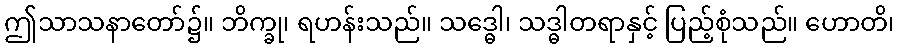
ဤသာသနာတော်၌။ ဘိက္ခု၊ ရဟန်းသည်။ သဒ္ဓေါ၊ သဒ္ဓါတရာနှင့် ပြည့်စုံသည်။ ဟောတိ၊